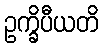
ဥက္ခိပီယတိ